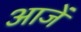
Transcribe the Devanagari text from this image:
आजें